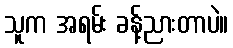
သူက အရမ်း ခန့်ညားတာပဲ။